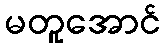
မတူအောင်